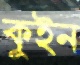
কুইন